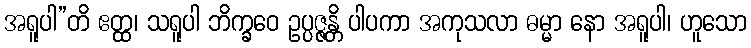
အရူပါ”တိ ဧတ္ထ၊ သရူပါ ဘိက္ခဝေ ဥပ္ပဇ္ဇန္တိ ပါပကာ အကုသလာ ဓမ္မာ နော အရူပါ၊ ဟူသော